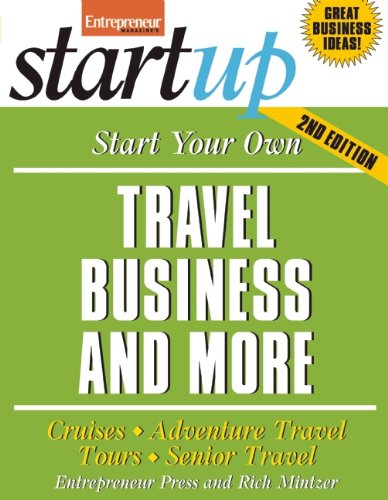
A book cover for Start Your Own Travel Business: Cruises, Adventure Travel, Tours, Senior Travel (StartUp Series); Entrepreneur Press; Travel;